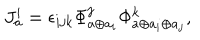
LaTeX: J _ { a } ^ { i } = \epsilon _ { i j k } \Phi _ { a \oplus a _ { i } } ^ { j } \Phi _ { a \oplus a _ { i } \oplus a _ { j } } ^ { k } ,